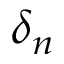
\delta _ { n }